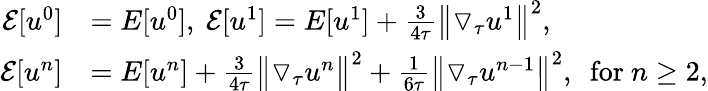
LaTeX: \begin{array}{rl}{\mathcal{E}[u^{0}]}&{=E[u^{0}],~\mathcal{E}[u^{1}]=E[u^{1}]+\frac{3}{4\tau}\big\| \triangledown_{\tau}u^{1}\big\| ^{2},}\\ {\mathcal{E}[u^{n}]}&{=E[u^{n}]+\frac{3}{4\tau}\big\| \triangledown_{\tau}u^{n}\big\| ^{2}+\frac{1}{6\tau}\big\| \triangledown_{\tau}u^{n-1}\big\| ^{2},~~\mathrm{for}~n\ge 2,}\end{array}